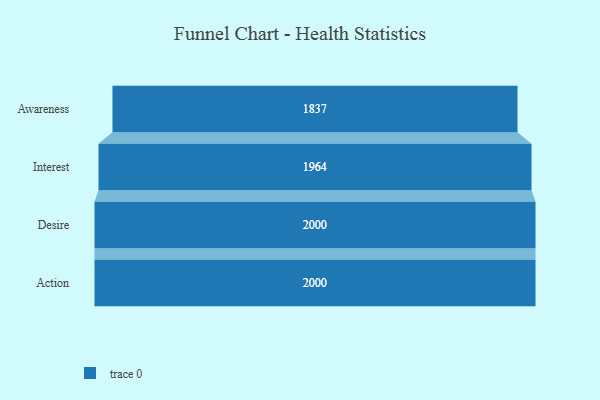
{"axis": {"x": "Stage", "y": "Value"}, "legend": [""], "data": [{"x": "Awareness", "y": 1837.0, "type": ""}, {"x": "Interest", "y": 1964.0, "type": ""}, {"x": "Desire", "y": 2000, "type": ""}, {"x": "Action", "y": 2000, "type": ""}]}